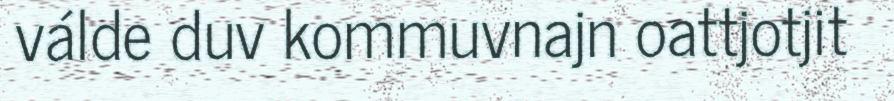
válde duv kommuvnajn oattjotjit